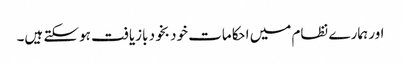
اور ہمارے نظام میں احکامات خود بخود بازیافت ہوسکتے ہیں۔